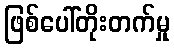
ဖြစ်ပေါ်တိုးတက်မှု